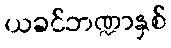
ယခင်ဘဏ္ဍာနှစ်